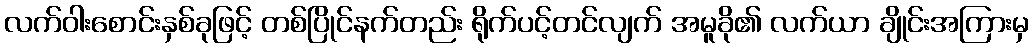
လက်ဝါးစောင်းနှစ်ခုဖြင့် တစ်ပြိုင်နက်တည်း ရိုက်ပင့်တင်လျက် အမူခို၏ လက်ယာ ချိုင်းအကြားမှ